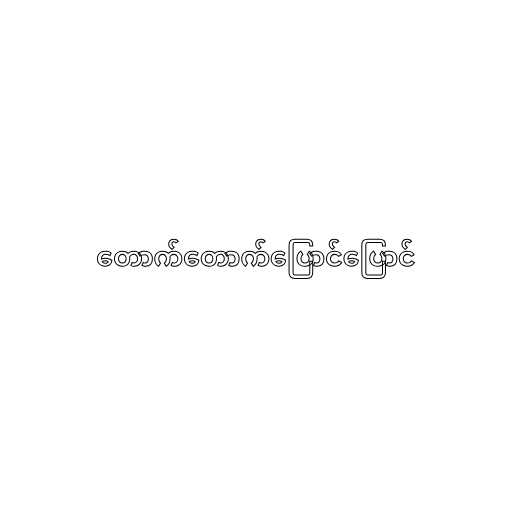
တောက်တောက်ပြောင်ပြောင်